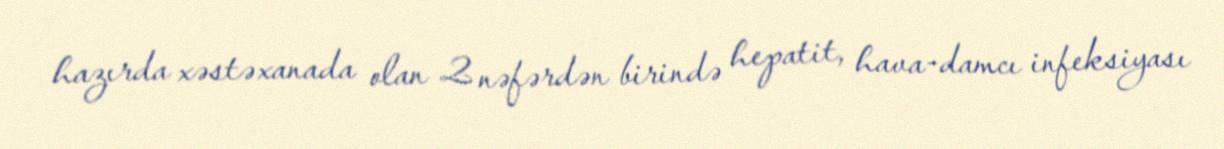
hazırda xəstəxanada olan 2 nəfərdən birində hepatit, hava-damcı infeksiyası